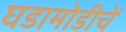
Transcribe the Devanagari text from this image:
घडामोडीचें